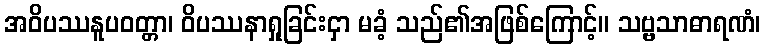
အဝိပဿနူပဝတ္တာ၊ ဝိပဿနာရှုခြင်းငှာ မခံ့ သည်၏အဖြစ်ကြောင့်။ သဗ္ဗသာဓာရဏံ၊